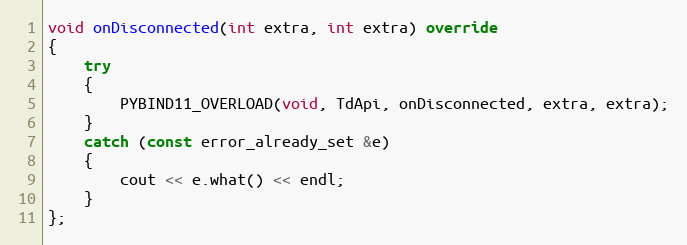
Language: C++
void onDisconnected(int extra, int extra) override
{
	try
	{
		PYBIND11_OVERLOAD(void, TdApi, onDisconnected, extra, extra);
	}
	catch (const error_already_set &e)
	{
		cout << e.what() << endl;
	}
};